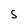
Character: S